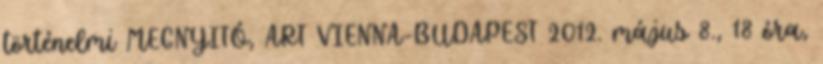
történelmi MEGNYITÓ, ART VIENNA-BUDAPEST 2012. május 8., 18 óra,